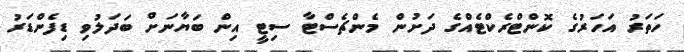
ހަތަރު އަހަރުގެ ކޮންޓްރެކްޓެއްގެ ދަށުން މެންޗެސްޓާ ސިޓީ އިން ބަޔާނަށް ބަދަލުވި ޑިފެންޑަރު